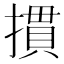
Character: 摜